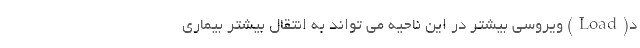
د(Load) ویروسی بیشتر در این ناحیه می تواند به انتقال بیشتر بیماری